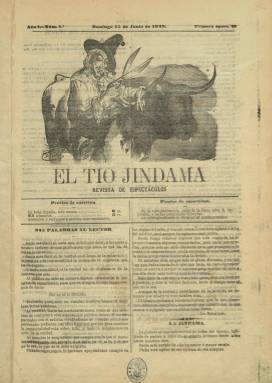
Título: El Tío Jindama
Otros títulos: Suplemento a El tío Jindama || Suplemento al Tío Jindama
Colección: Toros
Ámbito geográfico: Madrid
Lugar de publicación: Madrid
Fechas: 15/06/1879-03/08/1883

Es una publicación que, con el subtítulo “revista de espectáculos”, forma parte de las más de 350 que aparecieron en el último tercio del siglo diecinueve especializadas en información taurina (Luis Carmena, 1899), coincidiendo con el auge que experimentaba este espectáculo. Fueron sus fundadores y directores los escritores y periodistas taurómacos Leopoldo Vázquez y Rodríguez (1844-1909) y Manuel Serrano García-Vao (1863-1914), que también dirigieron otras revistas de la misma naturaleza y fueron destacados revisteros de la prensa diaria española, el primero con el seudónimo Tris-Tras y, el segundo –que compró su propiedad a Vázquez-, con el de Dulzuras.

Comenzó a publicarse el domingo quince de junio de 1879, y aparecía el mismo día en que se celebraban las corridas de toros, en entregas de cuatro páginas, compuestas a dos columnas y, después, a tres. En su cabecera va estampado un grabado en el que un individuo intenta con unas tijeras cortar los apéndices del astado, quizá como alegoría al propio título del periódico (jindama), que en caló significa miedo o cobardía. La revista alcanzó gran popularidad.

En su presentación, sus artífices proclaman su imparcialidad en los textos que van a insertar, entre estos, algunos artículos de fondo firmados por Od-Lop-Ole. Los demás no van rubricados. Su estructura se compone de una Revista de toros, Noticias, Espectáculos (teatrales y circenses), Variedades y Efemérides taurinas de la semana (estas dos secciones con notas de la historia de la tauromaquia), una Charada y algunos anuncios comerciales.
Además de las corridas que se celebraban en el coso madrileño, da cuenta de otros festejos de provincias, al contar con corresponsales.

El 16 de noviembre de 1879 deja de publicarse, coincidiendo con el final de la temporada taurina, para reaparecer el nueve de marzo de 1880 y no dejar de publicarse ya fuera de temporada, y en su secuenciación coinciden el número de época y el del año. La colección de la Biblioteca Nacional de España alcanza hasta su entrega del tres de agosto de 1883. Pudo estar publicándose hasta 1904, insertando también ilustraciones y retratos del dibujante Eduardo Sojo (1849-1908) y con colaboradores como Fernando Gilis Mercet (1879-1936), que usó los seudónimos Claridades y Faltarías, y Luis Carmena y Millán (1845-1904), que usó los de Andante y Minuto.

A partir de 1896 se publica también el anuario Almanaque de El Tío Jindama, siendo su compilador Manuel Lasarte, que a partir de 1907 modifica el título por Almanaque guía taurino de Nuevo Jindama